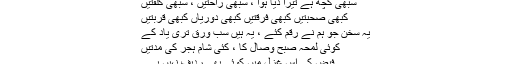
سبھی کچھ ہے تیرا دیا ہوا ، سبھی راحتیں ، سبھی کلفتیں
کبھی صحبتیں کبھی فرقتیں کبھی دوریاں کبھی قربتیں
یہ سُخن جو ہم نے رقم کئے ، یہ ہیں سب ورق تری یاد کے
کوئی لمحہ صبحِ وصال کا ، کئی شام ہجر کی مدتیں
فیض کی اِس غزل میں کوئی بھی ردیف نہیں ہے ۔